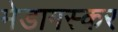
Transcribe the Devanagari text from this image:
मेडागस्कर